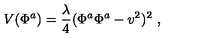
V ( \Phi ^ { a } ) = \frac { \lambda } { 4 } ( \Phi ^ { a } \Phi ^ { a } - v ^ { 2 } ) ^ { 2 } \ ,